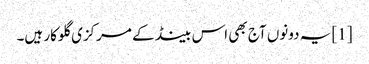
[1] یہ دونوں آج بھی اس بینڈ کے مرکزی گلوکار ہیں۔